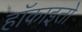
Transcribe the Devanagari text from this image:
हॉकाइतो